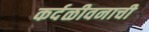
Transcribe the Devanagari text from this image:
कर्दळीवनाची